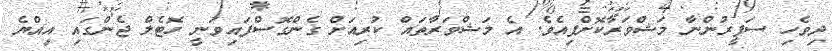
ދިވެހި ސަފީރުންނާ މަޝްވަރާކޮށްފިއެވެ. އެ މަޝްވަރާތައް ކުރިއަށް ގެންގޮސްފައިވަނީ ހޮޓެލް ޖެންގައި އިއްޔެ